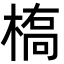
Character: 槗